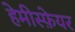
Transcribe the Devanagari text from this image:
हेमीस्फ़ेयर